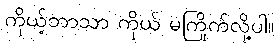
ကိုယ့်ဘာသာ ကိုယ် မကြိုက်လို့ပါ။